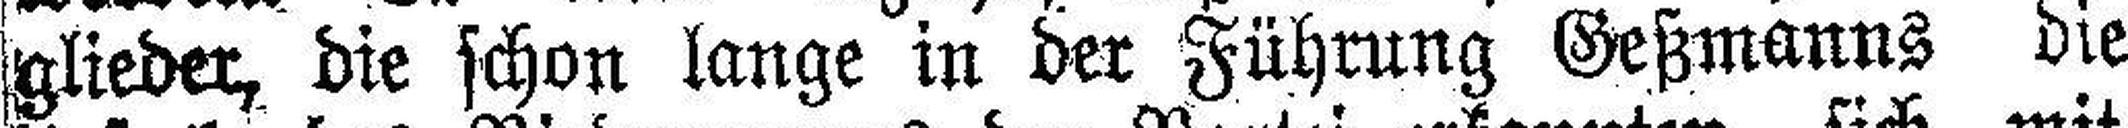
glieder, die schon lange in der Führung Geßmanns die